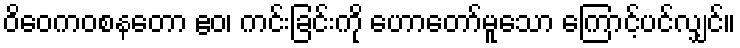
ဝိဝေကဝစနတော ဧဝ၊ ကင်းခြင်းကို ဟောတော်မူသော ကြောင့်ပင်လျှင်။